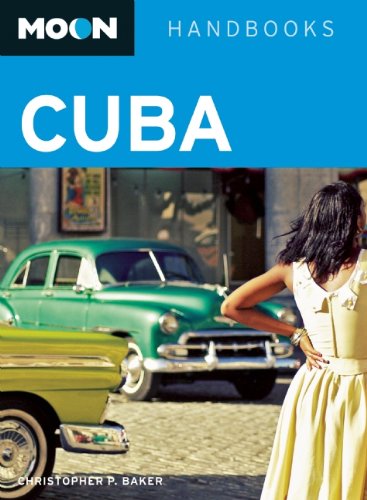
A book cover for Moon Cuba (Moon Handbooks); Christopher P. Baker; Travel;